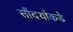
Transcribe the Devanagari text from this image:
सौंदर्याकडे